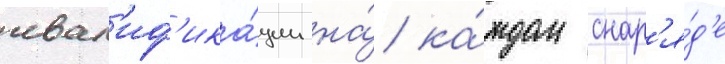
квал'иф'ика́ции на́ ка́ждом снар'я́д'е